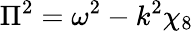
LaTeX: \Pi^{2}=\omega^{2}-k^{2}\chi_{8}